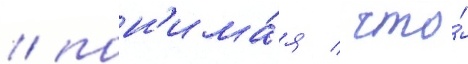
/ пон'има́я / что́